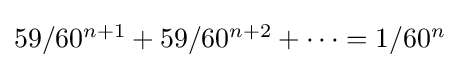
\textstyle 59/60^{n+1}+59/60^{n+2}+\dots =1/60^{n}